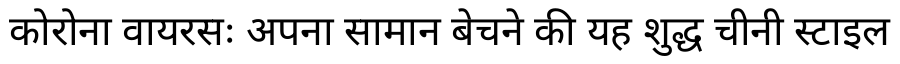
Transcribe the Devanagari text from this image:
कोरोना वायरसः अपना सामान बेचने की यह शुद्ध चीनी स्टाइल